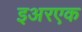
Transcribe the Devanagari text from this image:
इअरएक